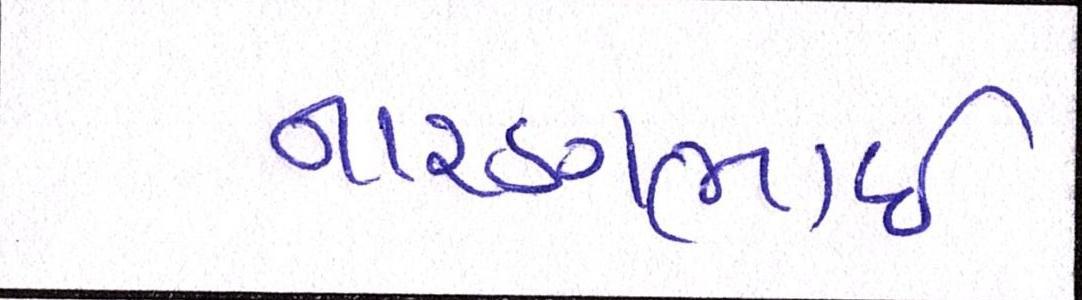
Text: નારણભાઈ